Document type: Sale
Year: 1499
Scribe: Joan Martínez de Sòria
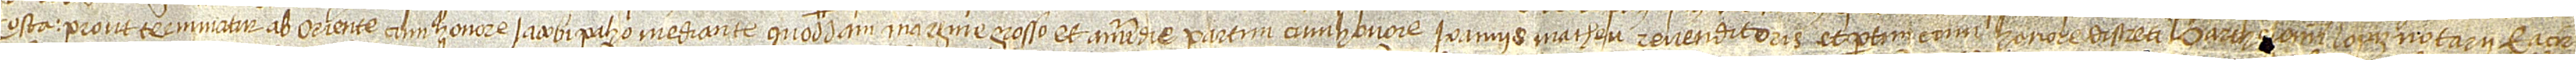
Costa, prout terminatur ab oriente cum honore Iacobi Paho, mediante quoddam margine grosso, et a meridie partim cum honore Ioannis Matheu, revenditoris, et partim cum honore discreti Bartholomei Lopiz, notarii, et a cir-